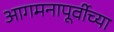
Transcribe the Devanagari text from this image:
आगमनापूर्वीच्या